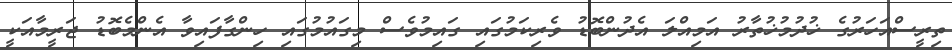
ތިރީސްއަހަރުގެ ޚުދުމުޚުތާރު އަމިއްލަ އެދުންބޮޑު ވެރިކަމުގައި ގައިމުވެސް މިގައުމުގައި ހިންގާފައިވާ އެންމެބޮޑު ޖަރީމާއަކީ